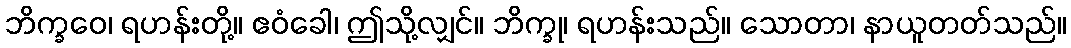
ဘိက္ခဝေ၊ ရဟန်းတို့။ ဧဝံခေါ၊ ဤသို့လျှင်။ ဘိက္ခု၊ ရဟန်းသည်။ သောတာ၊ နာယူတတ်သည်။